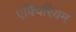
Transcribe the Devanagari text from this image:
एक्विरियम